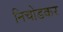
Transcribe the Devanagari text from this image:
निचोडकर